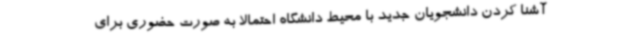
آشنا کردن دانشجویان جدید با محیط دانشگاه احتمالا به صورت حضوری برای